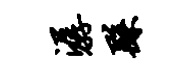
潺繇